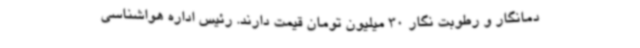
دمانگار و رطوبت نگار 30 میلیون تومان قیمت دارند. رئیس اداره هواشناسی